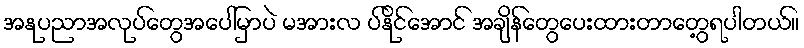
အနုပညာအလုပ်တွေအပေါ်မှာပဲ မအားလ ပ်နိုင်အောင် အချိန်တွေပေးထားတာတွေ့ရပါတယ်။